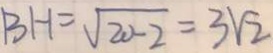
B H = \sqrt { 2 0 - 2 } = 3 \sqrt { 2 }